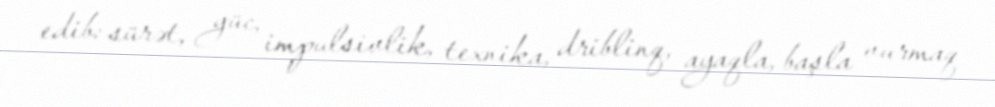
edib: sürət, güc, impulsivlik, texnika, driblinq, ayaqla, başla vurmaq